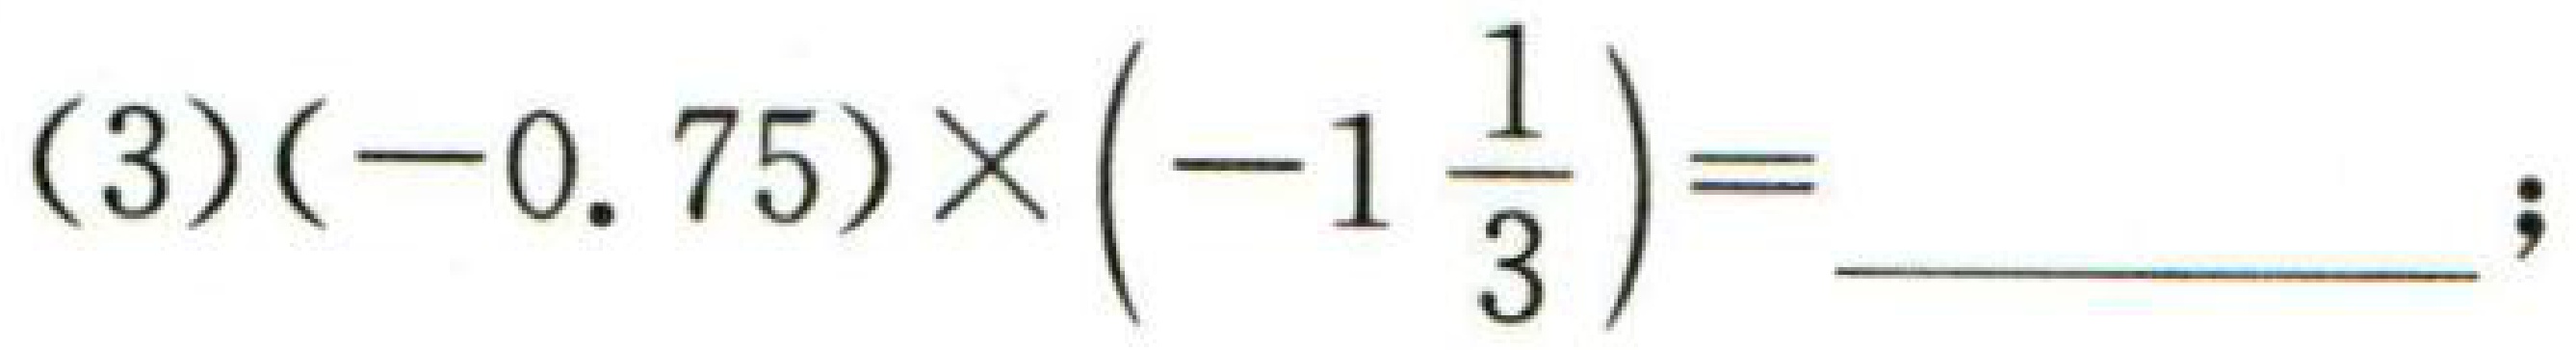
\((3)(-0.75)\times\left(-1\frac{1}{3}\right)=\underline{\ \ \ \ \ \ \ \ \ \ \ \ \ };\)